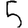
Digit: 5